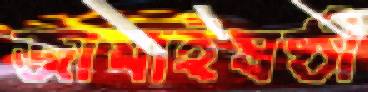
জামাইষষ্ঠী